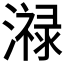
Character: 𤀓